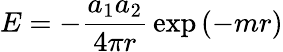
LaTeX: E=-{\frac{a_{1}a_{2}}{4\pi r}}\exp\left(-mr\right)